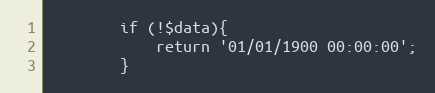
Language: PHP
        if (!$data){
            return '01/01/1900 00:00:00';
        }